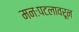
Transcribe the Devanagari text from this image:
मनःपटलावरून